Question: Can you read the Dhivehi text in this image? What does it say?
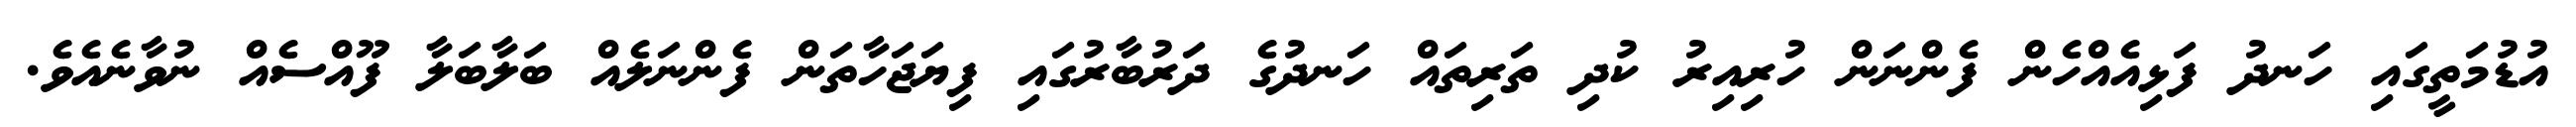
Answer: އުޑުމަތީގައި ހަނދު ފަޅިއެއްހެން ފެންނަން ހުރިއިރު ކުދި ތަރިތައް ހަނދުގެ ދަރުބާރުގައި ފިޔަޖަހާތަން ފެންނަލެއް ބަލާބަލާ ފޫއްސެއް ނުވާނެއެވެ.